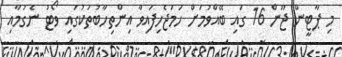
މި ޕާޓީން ޖޫން 16 ގައި ބޭއްވުމަށް ހަމަޖެހިފައިވާ އިންތިހާބުތަކުގައި ވޯޓު ނެގުމާއި